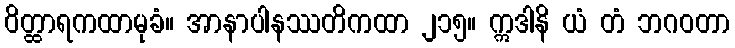
ဝိတ္ထာရကထာမုခံ။ အာနာပါနဿတိကထာ ၂၁၅။ ဣဒါနိ ယံ တံ ဘဂဝတာ